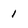
Character: 1